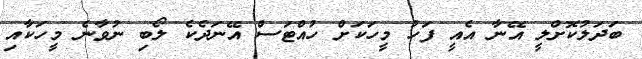
ބަދަލުކޮށްލީ އޭނާ އެއީ ފަހު މީހަކަށް ހުއްޓަސް އޭނަދެކެ ލޯބި ނުވާނެ މީހަކާއި